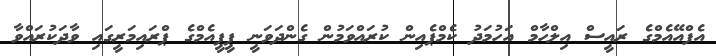
އެފްއޭއެމްގެ ރައީސް އިލްހާމް އަހުމަދު ކެމްޕެއިން ކުރައްވަމުން ގެންދަވަނީ ޕީޕީއެމްގެ ޕްރައިމަރީގައި ވާދަކުރައްވާ